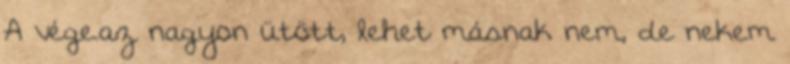
A vége.az nagyon ütött, lehet másnak nem, de nekem